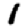
Digit: 1